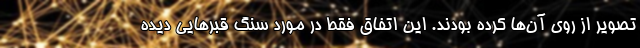
تصویر از روی آن‌ها کرده بودند. این اتفاق فقط در مورد سنگ قبرهایی دیده